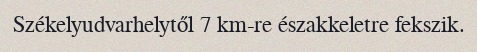
Székelyudvarhelytől 7 km-re északkeletre fekszik.